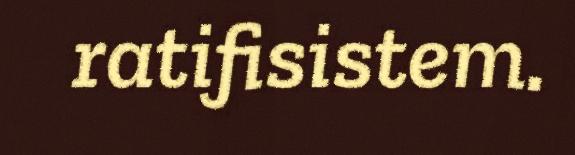
ratifisistem.